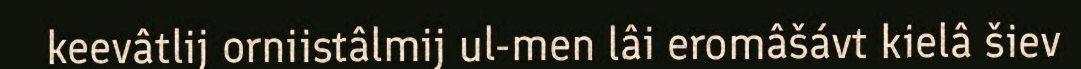
keevâtlij orniistâlmij ul-men lâi eromâšávt kielâ šiev